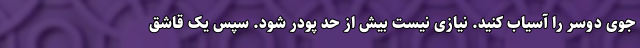
جوی دوسر را آسیاب کنید. نیازی نیست بیش از حد پودر شود. سپس یک قاشق